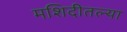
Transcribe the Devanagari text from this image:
मशिदीतल्या